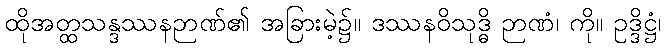
ထိုအတ္ထသန္ဒဿနဉာဏ်၏ အခြားမဲ့၌။ ဒဿနဝိသုဒ္ဓိ ဉာဏံ၊ ကို။ ဥဒ္ဒိဋ္ဌံ၊